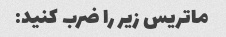
ماتریس زیر را ضرب کنید: